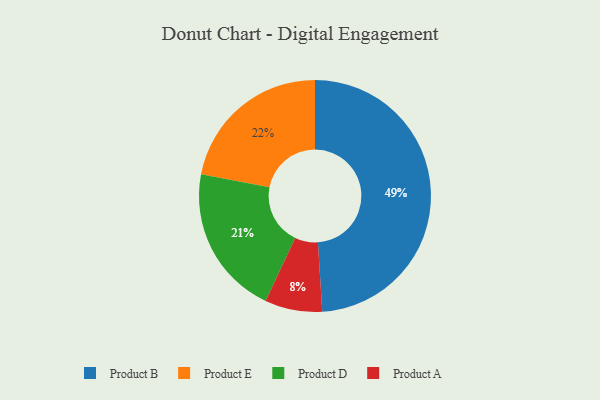
{"axis": {"x": "Category", "y": "Percentage"}, "legend": ["Product A", "Product B", "Product D", "Product E"], "data": [{"x": "Product E", "y": 22, "type": "Product E"}, {"x": "Product A", "y": 8, "type": "Product A"}, {"x": "Product D", "y": 21, "type": "Product D"}, {"x": "Product B", "y": 49, "type": "Product B"}]}